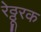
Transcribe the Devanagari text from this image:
रेठ्ठूरक